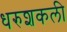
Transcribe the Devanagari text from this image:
धरुशकली